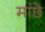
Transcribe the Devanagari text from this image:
मांछे